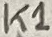
Text: K1